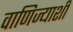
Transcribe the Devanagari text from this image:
वाणिज्याशी